Vaccination United Provinces of Agra and Oudh 1923-1928 - 1923-1928
Year: 1923
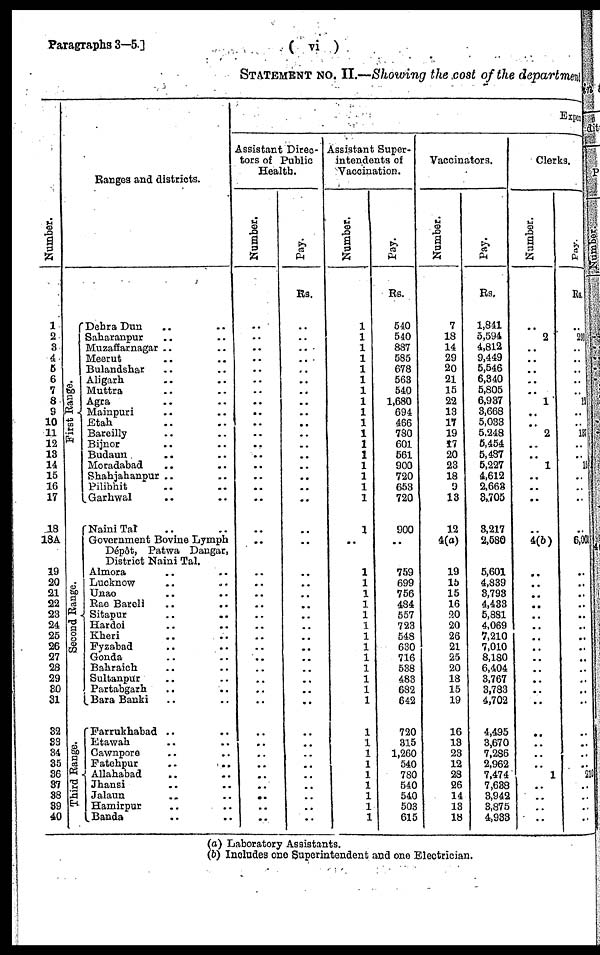
Paragraphs 3—5.]
( vi )
STATEMENT No. II.—Showing the cost of the department
Number.
1
2
3
4
5
6
7
8
9
10
11
12
13
14
15
16
17
18
18A
19
20
21
22
23
24
25
26
27
28
29
30
31
32
33
34
35
36
37
38
39
40
Ranges and districts.
First Range.
Second Range.
Third Range.
Dehra Dun .. ..
Saharanpur .. ..
Muzaffarnagar .. ..
Meerut .. ..
Bulandshar .. ..
Aligarh .. ..
Muttra .. ..
Agra .. ..
Mainpuri .. ..
Etah .. ..
Bareilly .. ..
Bijnor .. ..
Budaun .. ..
Moradabad .. ..
Shahjahanpur .. ..
Pilibhit .. ..
Garhwal .. ..
Naini Tal .. ..
Government Bovine Lymph
Dépôt, Patwa Dangar,
District Naini Tal.
Almora .. ..
Lucknow .. ..
Unao .. ..
Rae Bareli .. ..
Sitapur
..
..
Hardoi .. ..
Kheri .. ..
Fyzabad .. ..
Gonda .. ..
Bahraich .. ..
Sultanpur .. ..
Partabgarh .. ..
Bara Banki .. ..
Farrukhabad .. ..
Etawah .. ..
Cawnpore .. ..
Fatehpur .. ..
Allahabad .. ..
Jhansi .. ..
Jalaun .. ..
Hamirpur .. ..
Banda .. ..
Expen
Assistant Direc-
tors of Public
Health.
Number.
..
..
..
..
..
..
..
..
..
..
..
..
..
..
..
..
..
..
..
..
..
..
..
..
..
..
..
..
..
..
..
..
..
..
..
..
..
..
..
..
..
Pay.
Rs.
..
..
..
..
..
..
..
..
..
..
..
..
..
..
..
..
..
..
..
..
..
..
..
..
..
..
..
..
..
..
..
..
..
..
..
..
..
..
..
..
..
Assistant Super-
intendents of
Vaccination.
Number.
1
1
1
1
1
1
1
1
1
1
1
1
1
1
1
1
1
1
..
1
1
1
1
1
1
1
1
1
1
1
1
1
1
1
1
1
1
1
1
1
1
Pay.
Rs.
540
540
887
585
678
563
540
1,680
694
466
780
601
561
900
720
653
720
900
..
759
699
756
484
557
723
548
630
716
538
483
632
642
720
315
1,260
540
780
540
540
503
615
Vaccinators.
Number.
7
18
14
29
20
21
15
22
13
17
19
î7
20
23
18
9
13
12
4(a)
19
15
15
16
20
20
26
21
25
20
18
15
19
16
13
23
12
28
26
14
13
18
Pay.
Rs.
1,841
5,594
4,812
9,449
5,546
6,340
5,805
6,937
3,668
5,033
5,248
5,454
5,487
5,227
4,612
2,663
3,705
3,217
2,580
5,601
4,839
3,793
4,433
5,881
4,069
7,210
7,010
8,180
6,104
3,767
3,783
4,702
4,495
3,670
7,236
2,962
7,474
7,638
3,942
3,875
4,933
Clerks.
Number.
..
2
..
..
..
..
..
1
..
.. 2
..
..
1
..
..
..
..
4(b)
..
..
..
..
..
..
..
..
..
..
..
..
..
..
..
..
..
1
..
..
..
..
Pay.
Rs.
..
293
..
..
..
..
..
12
..
..
137
..
..
15
..
..
..
..
6, 033
..
..
..
..
..
..
..
..
..
..
..
..
..
..
..
..
..
210
..
..
..
..
( a) Laboratory Assistants.
(b) Includes one Superintendent and one Electrician.